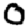
Digit: 0